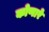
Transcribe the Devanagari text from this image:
कोणारे